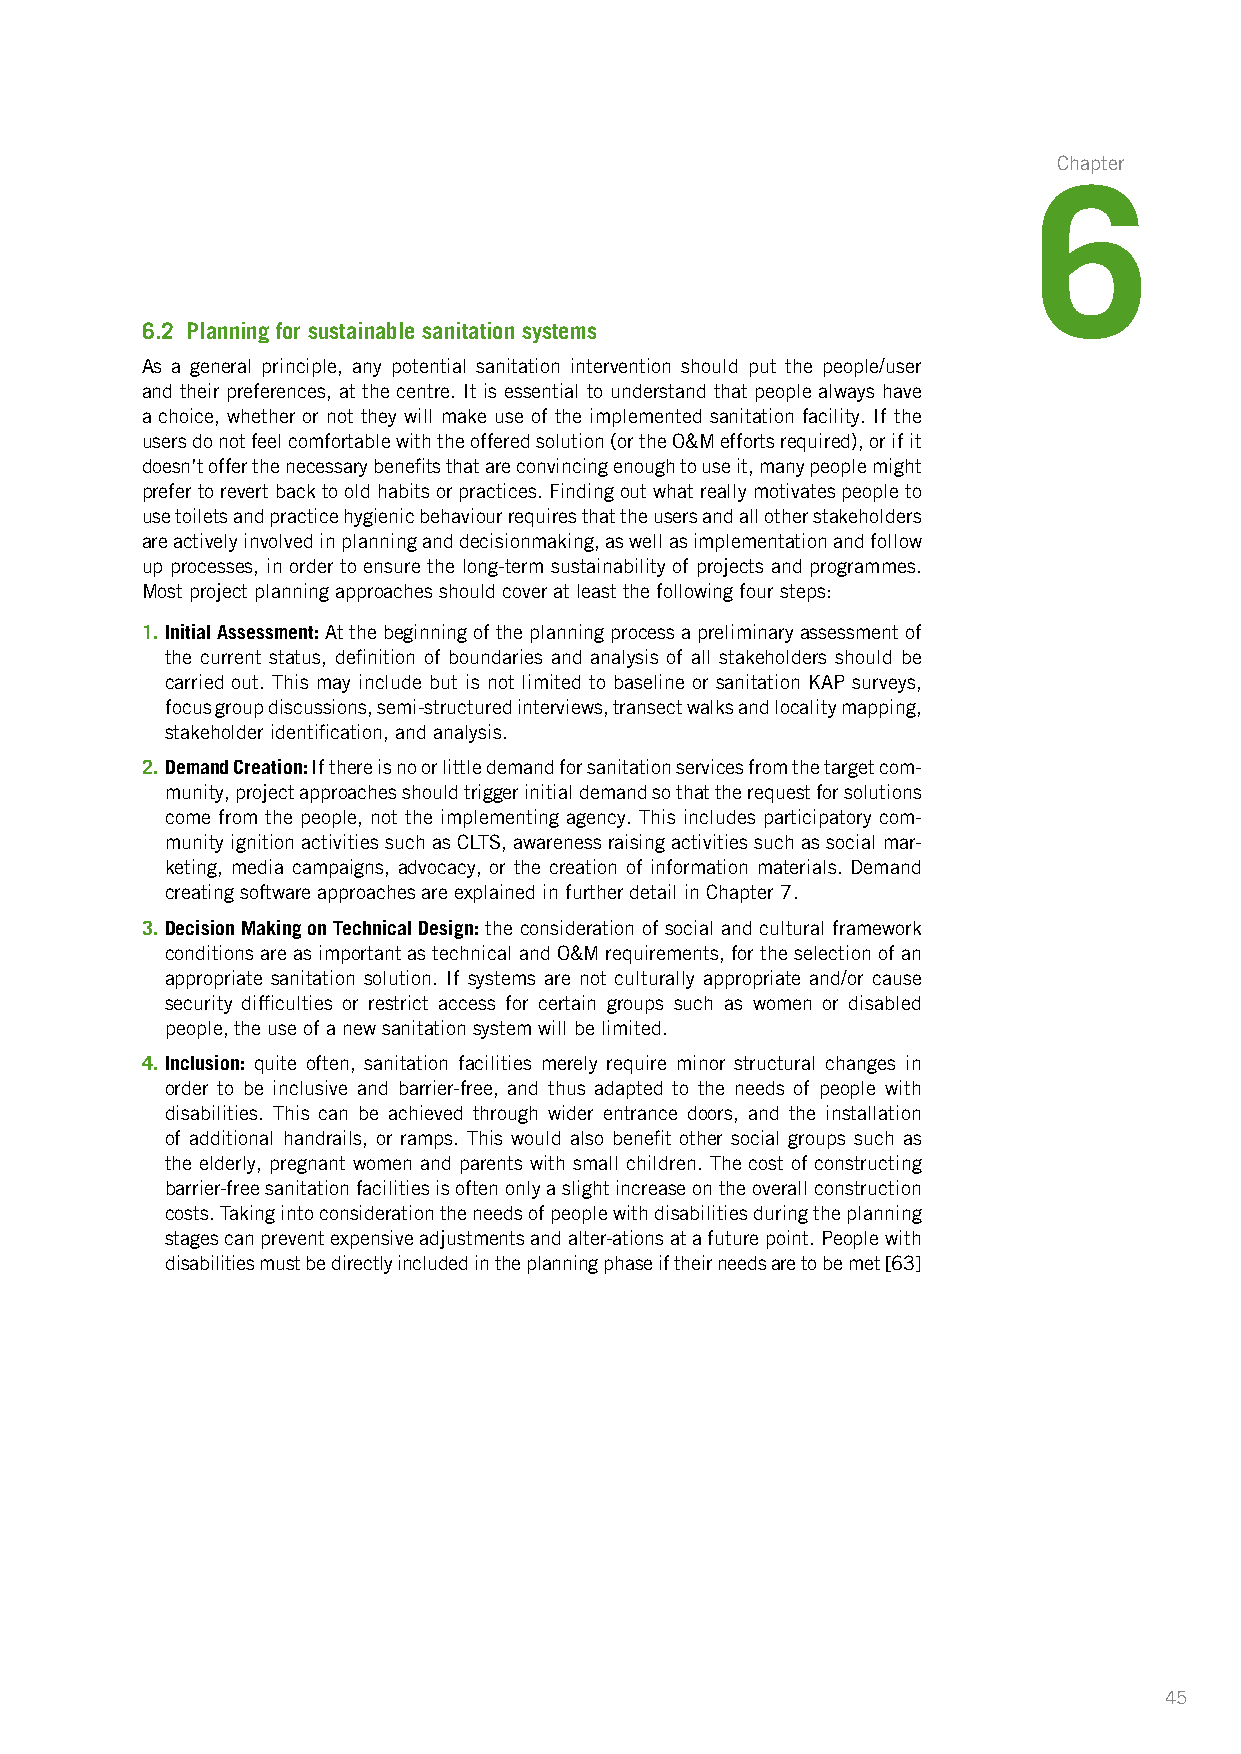
Chapter
 6
 6.2 Planning for sustainable sanitation systems
 As a general principle, any potential sanitation intervention should put the people/user
 and their preferences, at the centre. It is essential to understand that people always have
 a choice, whether or not they will make use of the implemented sanitation facility. If the
 users do not feel comfortable with the offered solution (or the O&M efforts required), or if it
 doesn’t offer the necessary benefits that are convincing enough to use it, many people might
 prefer to revert back to old habits or practices. Finding out what really motivates people to
 use toilets and practice hygienic behaviour requires that the users and all other stakeholders
 are actively involved in planning and decisionmaking, as well as i mplementation and follow
 up processes, in order to ensure the long-term sustainability of projects and programmes.
 Most project planning approaches should cover at least the following four steps:
 1. Initial Assessment: At the beginning of the planning process a preliminary assessment of
 the current status, definition of boundaries and analysis of all stakeholders should be
 carried out. This may include but is not limited to baseline or sanitation KAP surveys,
 focus group discussions, semi-structured interviews, transect walks and locality mapping,
 stakeholder identification, and analysis.
 2. Demand Creation: If there is no or little demand for sanitation services from the target com-
 munity, project approaches should trigger initial demand so that the request for solutions
 come from the people, not the implementing agency. This includes participatory com-
 munity ignition activities such as CLTS, awareness raising activities such as social mar-
 keting, media campaigns, advocacy, or the creation of information materials. Demand
 creating software approaches are explained in further detail in Chapter 7.
 3. Decision Making on Technical Design: the consideration of social and cultural framework
 conditions are as important as technical and O&M requirements, for the selection of an
 appropriate sanitation solution. If systems are not culturally appropriate and/or cause
 security difficulties or restrict access for certain groups such as women or disabled
 people, the use of a new sanitation system will be limited.
 4. Inclusion: quite often, sanitation facilities merely require minor structural changes in
 order to be inclusive and barrier-free, and thus adapted to the needs of people with
 disabilities. This can be achieved through wider entrance doors, and the installation
 of additional handrails, or ramps. This would also benefit other social groups such as
 the elderly, pregnant women and parents with small children. The cost of constructing
 barrier-free sanitation facilities is often only a slight increase on the overall construction
 costs. Taking into consideration the needs of people with disabilities during the planning
 stages can prevent expensive adjustments and alter-ations at a future point. People with
 disabilities must be directly included in the planning phase if their needs are to be met [63]
 45